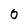
Character: 0